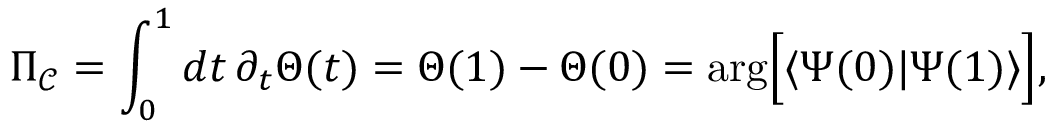
\Pi _ { { \mathcal { C } } } = \int _ { 0 } ^ { 1 } d t \, \partial _ { t } \Theta ( t ) = \Theta ( 1 ) - \Theta ( 0 ) = \mathrm { a r g } \Big [ \langle \Psi ( 0 ) \vert \Psi ( 1 ) \rangle \Big ] ,